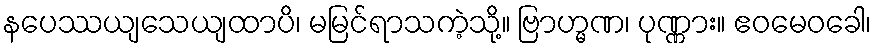
နပေဿယျသေယျထာပိ၊ မမြင်ရာသကဲ့သို့။ ဗြာဟ္မဏ၊ ပုဏ္ဏား။ ဧဝမေဝခေါ၊